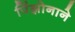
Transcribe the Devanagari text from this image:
पिंझोनाने